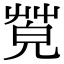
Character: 𦯦